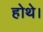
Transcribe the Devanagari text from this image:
होथे।